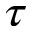
\tau